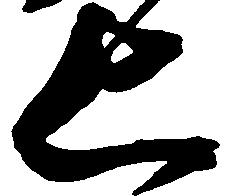
上